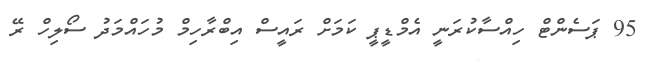
95 ޕަސެންޓް ހިއްސާކުރަނީ އެމްޑީޕީ ކަމަށް ރައީސް އިބްރާހިމް މުހައްމަދު ސޯލިހް ރޭ